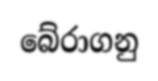
බේරාගනු